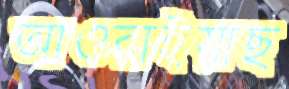
আওরাইয়াছ